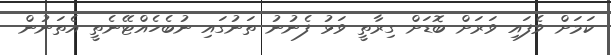
ކަމަށް ވެފައި ވަރަށް ބޮޑަށް ގިރާތީ ވަޅު ފެނުނު ތަނުގައި ނުބެހެއްޓޭނެތީ އެތަނުން